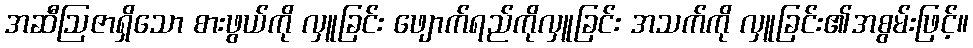
အဆီဩဇာရှိသော စားဖွယ်ကို လှူခြင်း ဖျောက်ရည်ကိုလှူခြင်း အသက်ကို လှူခြင်း၏အစွမ်းဖြင့်။